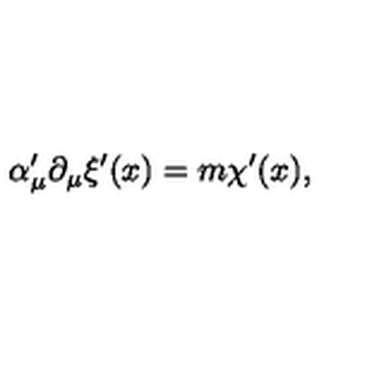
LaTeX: \alpha _ { \mu } ^ { \prime } \partial _ { \mu } \xi ^ { \prime } ( x ) = m \chi ^ { \prime } ( x ) ,